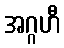
အဂ္ဂဟီ